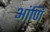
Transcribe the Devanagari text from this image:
आंणि